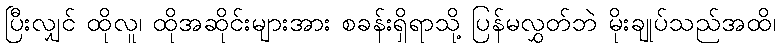
ပြီးလျှင် ထိုလူ၊ ထိုအဆိုင်းများအား စခန်းရှိရာသို့ ပြန်မလွှတ်ဘဲ မိုးချုပ်သည်အထိ၊